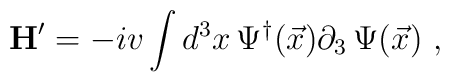
{\bf H}' = - i v \int  d^3x\, \Psi^\dagger(\vec x)  \partial_3 \,\Psi(\vec x)\ ,